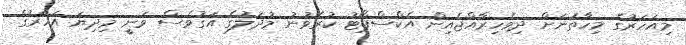
މިއަހަރުގެ މިހާތަނަށް ދިވެހިރާއްޖެއިން އެކްސްޕޯޓު ކުރެވުނު މުދަލުގެ އަގުވެސް ވަނީ މިދިޔަ އަހަރުގެ